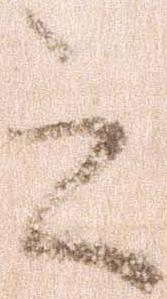
之